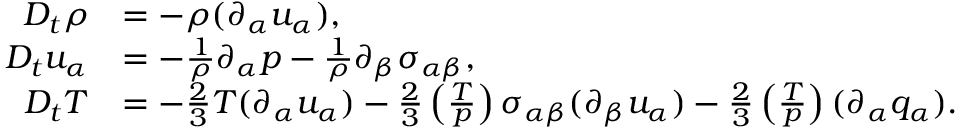
\begin{array} { r l } { D _ { t } \rho } & { = - \rho ( \partial _ { \alpha } u _ { \alpha } ) , } \\ { D _ { t } u _ { \alpha } } & { = - \frac { 1 } { \rho } \partial _ { \alpha } p - \frac { 1 } { \rho } \partial _ { \beta } { \sigma } _ { \alpha \beta } , } \\ { D _ { t } T } & { = - \frac { 2 } { 3 } T ( \partial _ { \alpha } u _ { \alpha } ) - \frac { 2 } { 3 } \left( \frac { T } { p } \right) \sigma _ { \alpha \beta } ( \partial _ { \beta } u _ { \alpha } ) - \frac { 2 } { 3 } \left( \frac { T } { p } \right) ( \partial _ { \alpha } q _ { \alpha } ) . } \end{array}